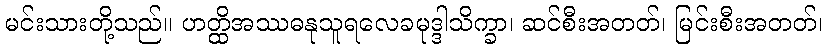
မင်းသားတို့သည်။ ဟတ္ထိအဿဓနုသူရလေခမုဒ္ဒါသိက္ခာ၊ ဆင်စီးအတတ်၊ မြင်းစီးအတတ်၊